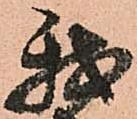
我